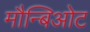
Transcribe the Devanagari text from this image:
मौन्बिओट